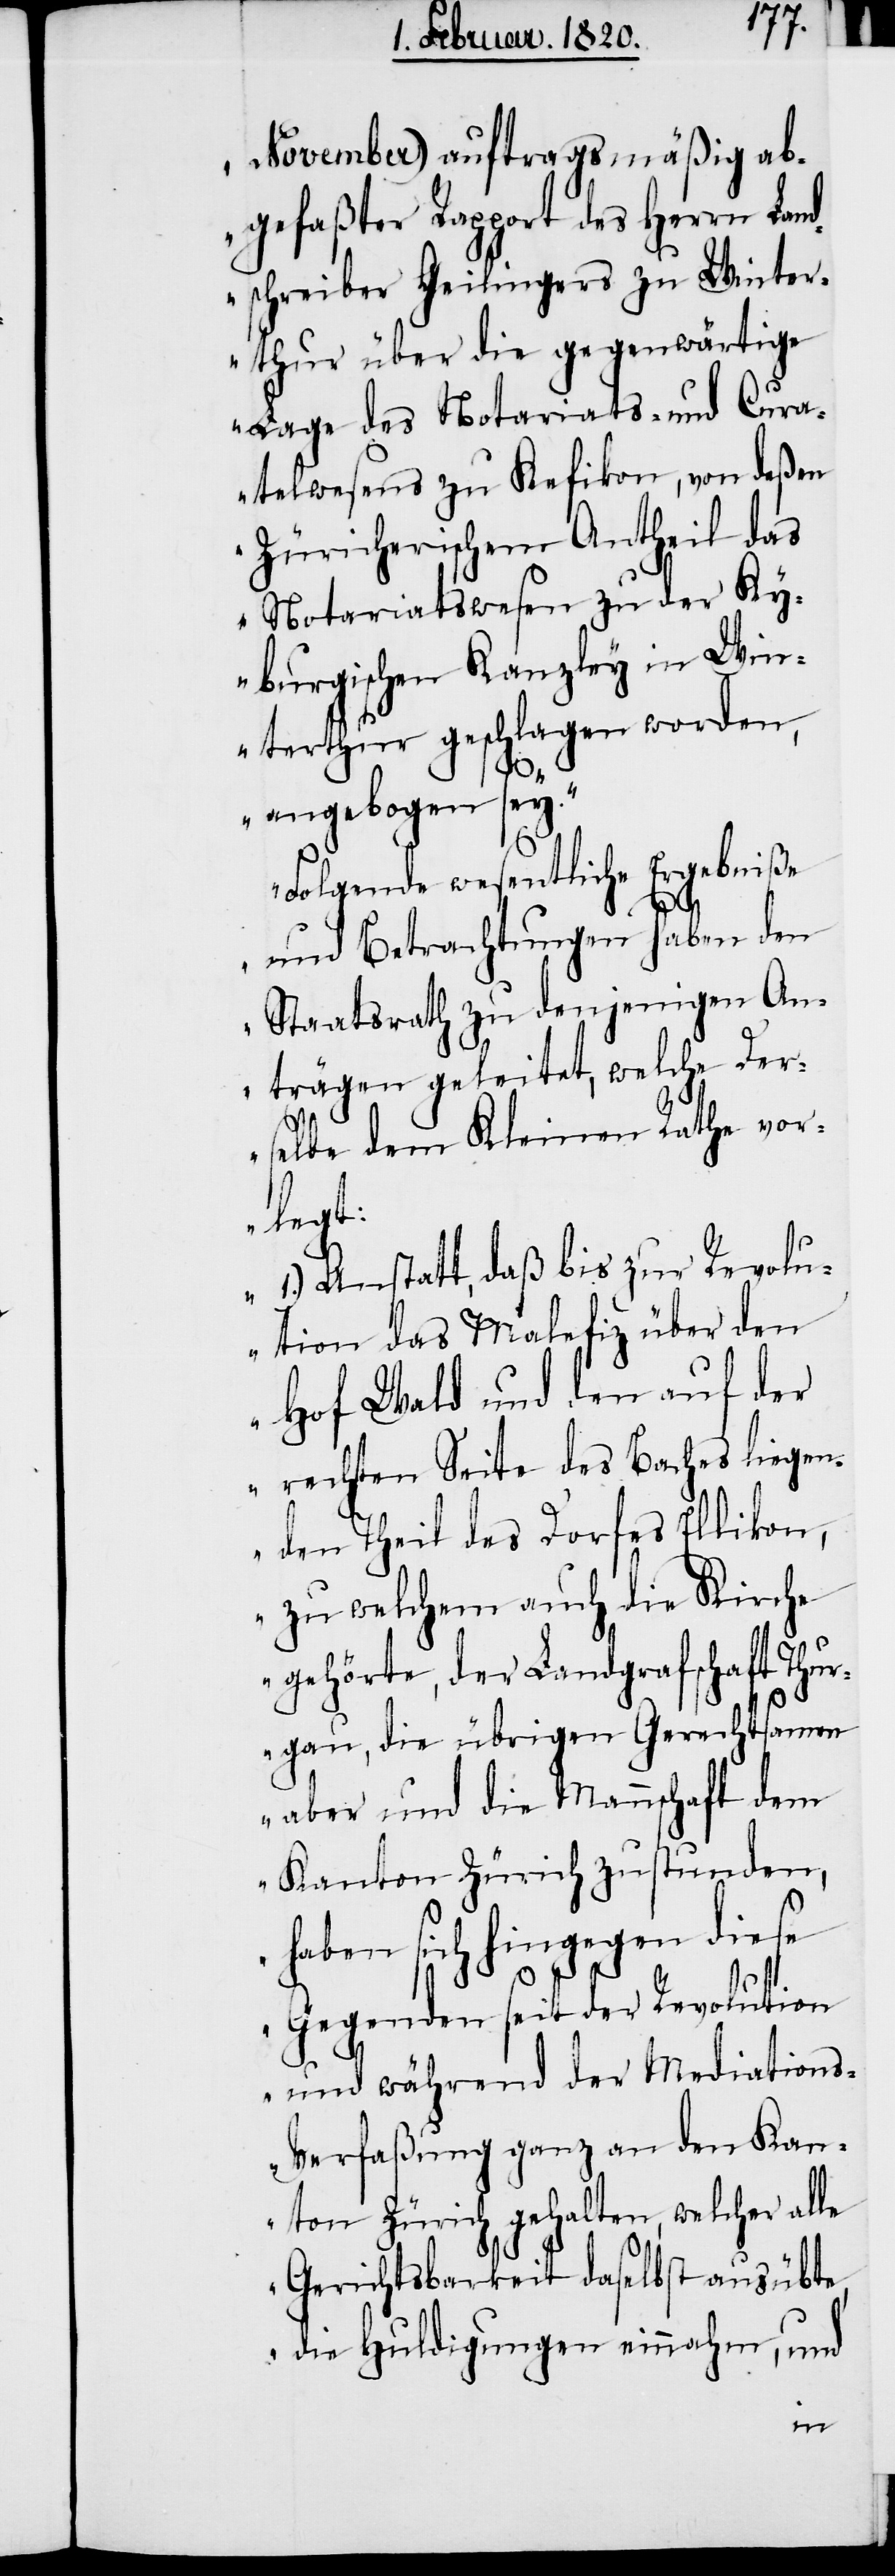
November) auftragsmäßig ab¬
gefaßter Rapport des Herrn Land¬
schreiber Geilingers zu Winter¬
thur über die gegenwärtige
Lage des Notariats- und Cura¬
telwesens zu Kefikon, von deßen
Züricherischem Antheil das
Notariatswesen zu der Ky¬
burgischen Kanzley in Win¬
terthur geschlagen worden,
angebogen sey.“
„Folgende wesentliche Ergebniße
und Betrachtungen haben den
Staatsrath zu denjenigen An¬
trägen geleitet, welche Der¬
selbe dem Kleinen Rathe vor¬
legt:
1.) Anstatt, daß bis zur Revolu¬
tion das Malefiz über den
Hof Wald und den auf der
rechten Seite des Baches liegen¬
den Theil des Dorfes Ellikon,
zu welchem auch die Kirche
gehörte, der Landgrafschaft Thur¬
gau, die übrigen Gerchtsamen
aber und die Mannschaft dem
Kanton Zürich zustunden,
haben sich hingegen diese
Gegenden seit der Revolution
und während der Mediation¬
s-Verfaßung ganz an den Kan¬
ton Zürich gehalten, welcher alle
Gerichtsbarkeit daselbst ausübte,
die Huldigungen einnahm, und